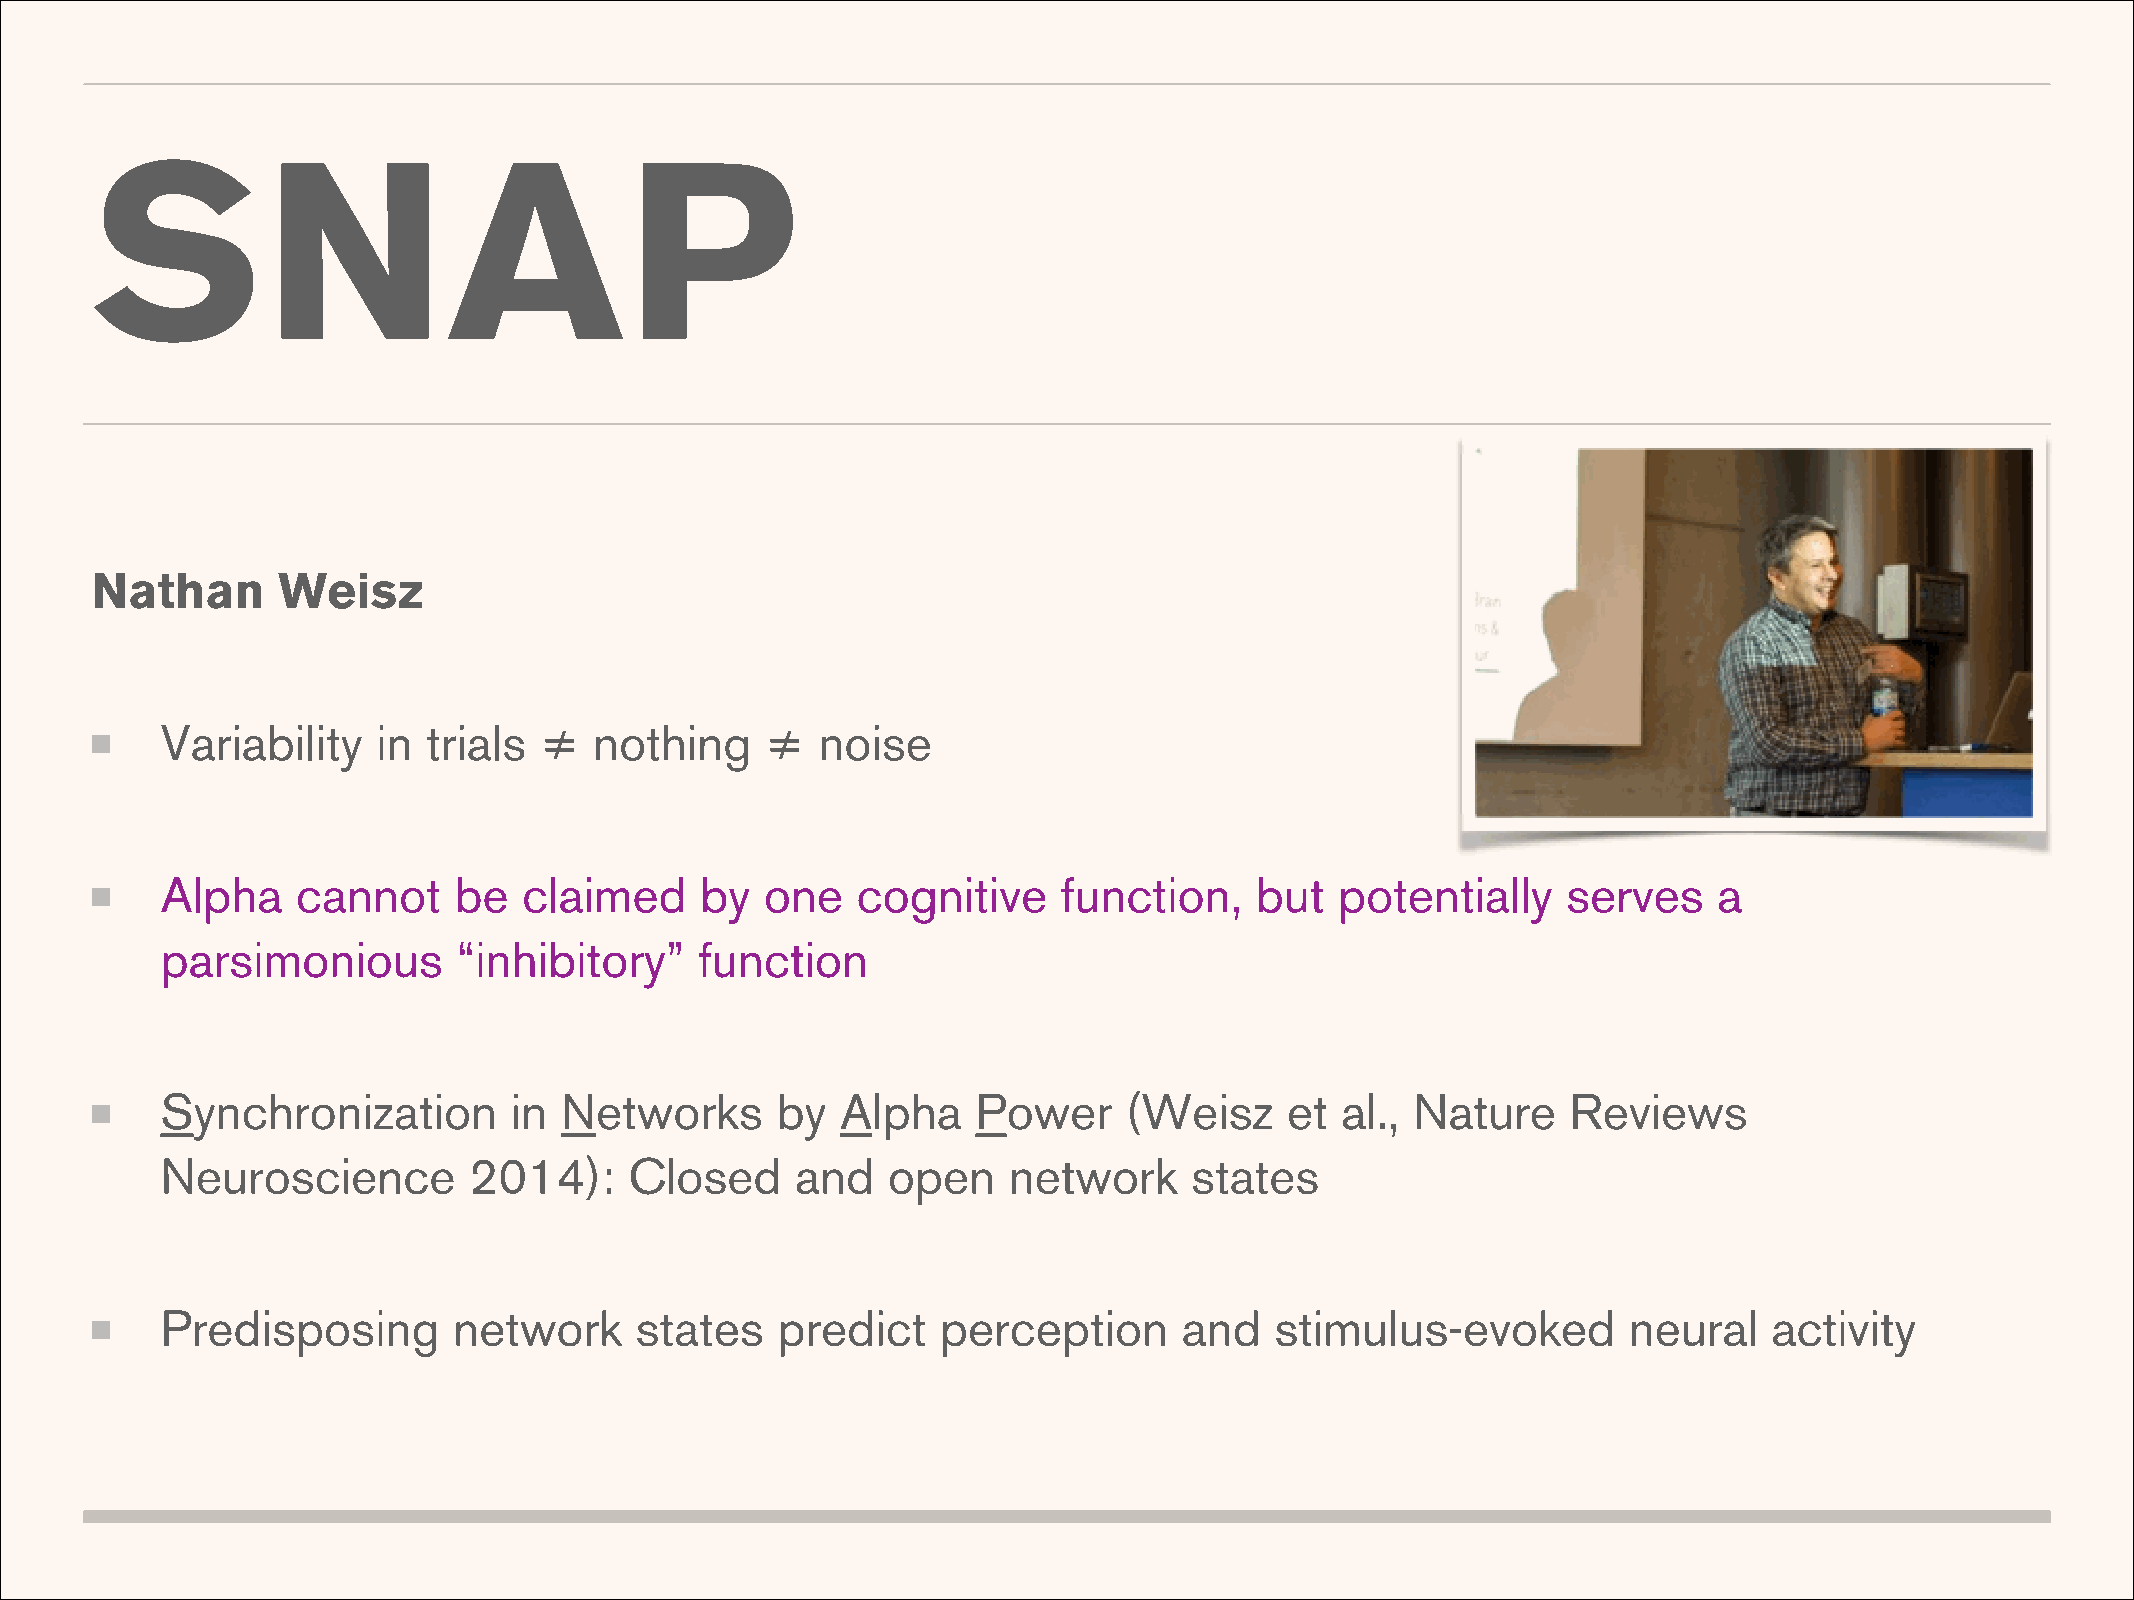
SNAP
 Nathan      Weisz
 Variability   in trials  ≠  nothing     ≠  noise
 Alpha    cannot    be   claimed    by   one   cognitive    function,    but   potentially    serves    a
 parsimonious       “inhibitory”    function
 Synchronization        in Networks      by   Alpha    Power    (Weisz     et  al., Nature    Reviews
 Neuroscience        2014):     Closed     and   open    network     states
 Predisposing       network     states   predict    perception      and   stimulus-evoked         neural   activity